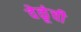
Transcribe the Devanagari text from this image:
वेळूंची